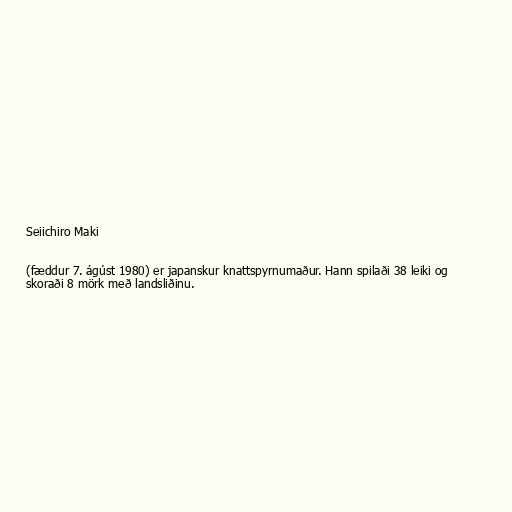
Seiichiro Maki

(fæddur 7. ágúst 1980) er japanskur knattspyrnumaður. Hann spilaði 38 leiki og
skoraði 8 mörk með landsliðinu.